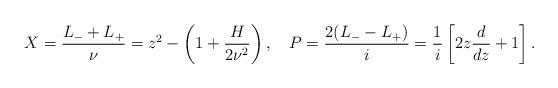
LaTeX: \begin{align*}X = \frac{L_- + L_+}{\nu} = z^2 - \left(1+\frac{H}{2\nu^2}\right), ~~~P = \frac{2(L_- -L_+)}{i} = \frac{1}{i}\left[2z\frac{d}{dz} + 1\right].\end{align*}